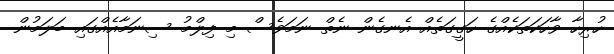
ހުރިހާ ވާހަކަތަކެއްގެ ހަގީގަތެއް އެނގެން ނެތް ނަމަވެސް މި ފިލްމު ސިނަމާއެއްގައި ބަލަމުން